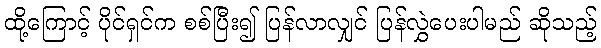
ထို့ကြောင့် ပိုင်ရှင်က စစ်ပြီး၍ ပြန်လာလျှင် ပြန်လွှဲပေးပါမည် ဆိုသည့်